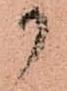
か